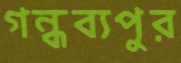
গন্ধব্যপুর